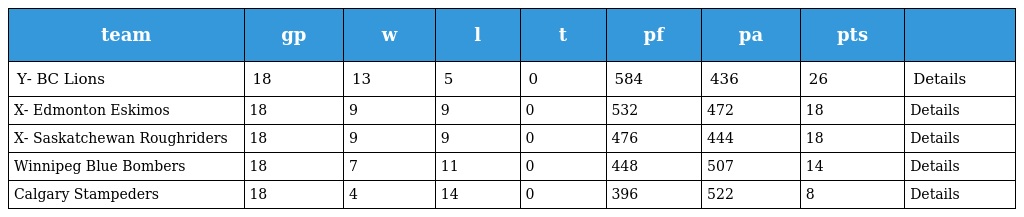
| team | gp | w | l | t | pf | pa | pts |  |
 | --- | --- | --- | --- | --- | --- | --- | --- | --- |
 | Y- BC Lions | 18 | 13 | 5 | 0 | 584 | 436 | 26 | Details |
 | X- Edmonton Eskimos | 18 | 9 | 9 | 0 | 532 | 472 | 18 | Details |
 | X- Saskatchewan Roughriders | 18 | 9 | 9 | 0 | 476 | 444 | 18 | Details |
 | Winnipeg Blue Bombers | 18 | 7 | 11 | 0 | 448 | 507 | 14 | Details |
 | Calgary Stampeders | 18 | 4 | 14 | 0 | 396 | 522 | 8 | Details |